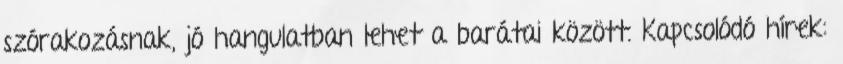
szórakozásnak, jó hangulatban lehet a barátai között. Kapcsolódó hírek: